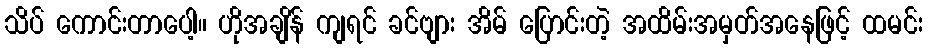
သိပ် ကောင်းတာပေါ့။ ဟိုအချိန် ကျရင် ခင်ဗျား အိမ် ပြောင်းတဲ့ အထိမ်းအမှတ်အနေဖြင့် ထမင်း